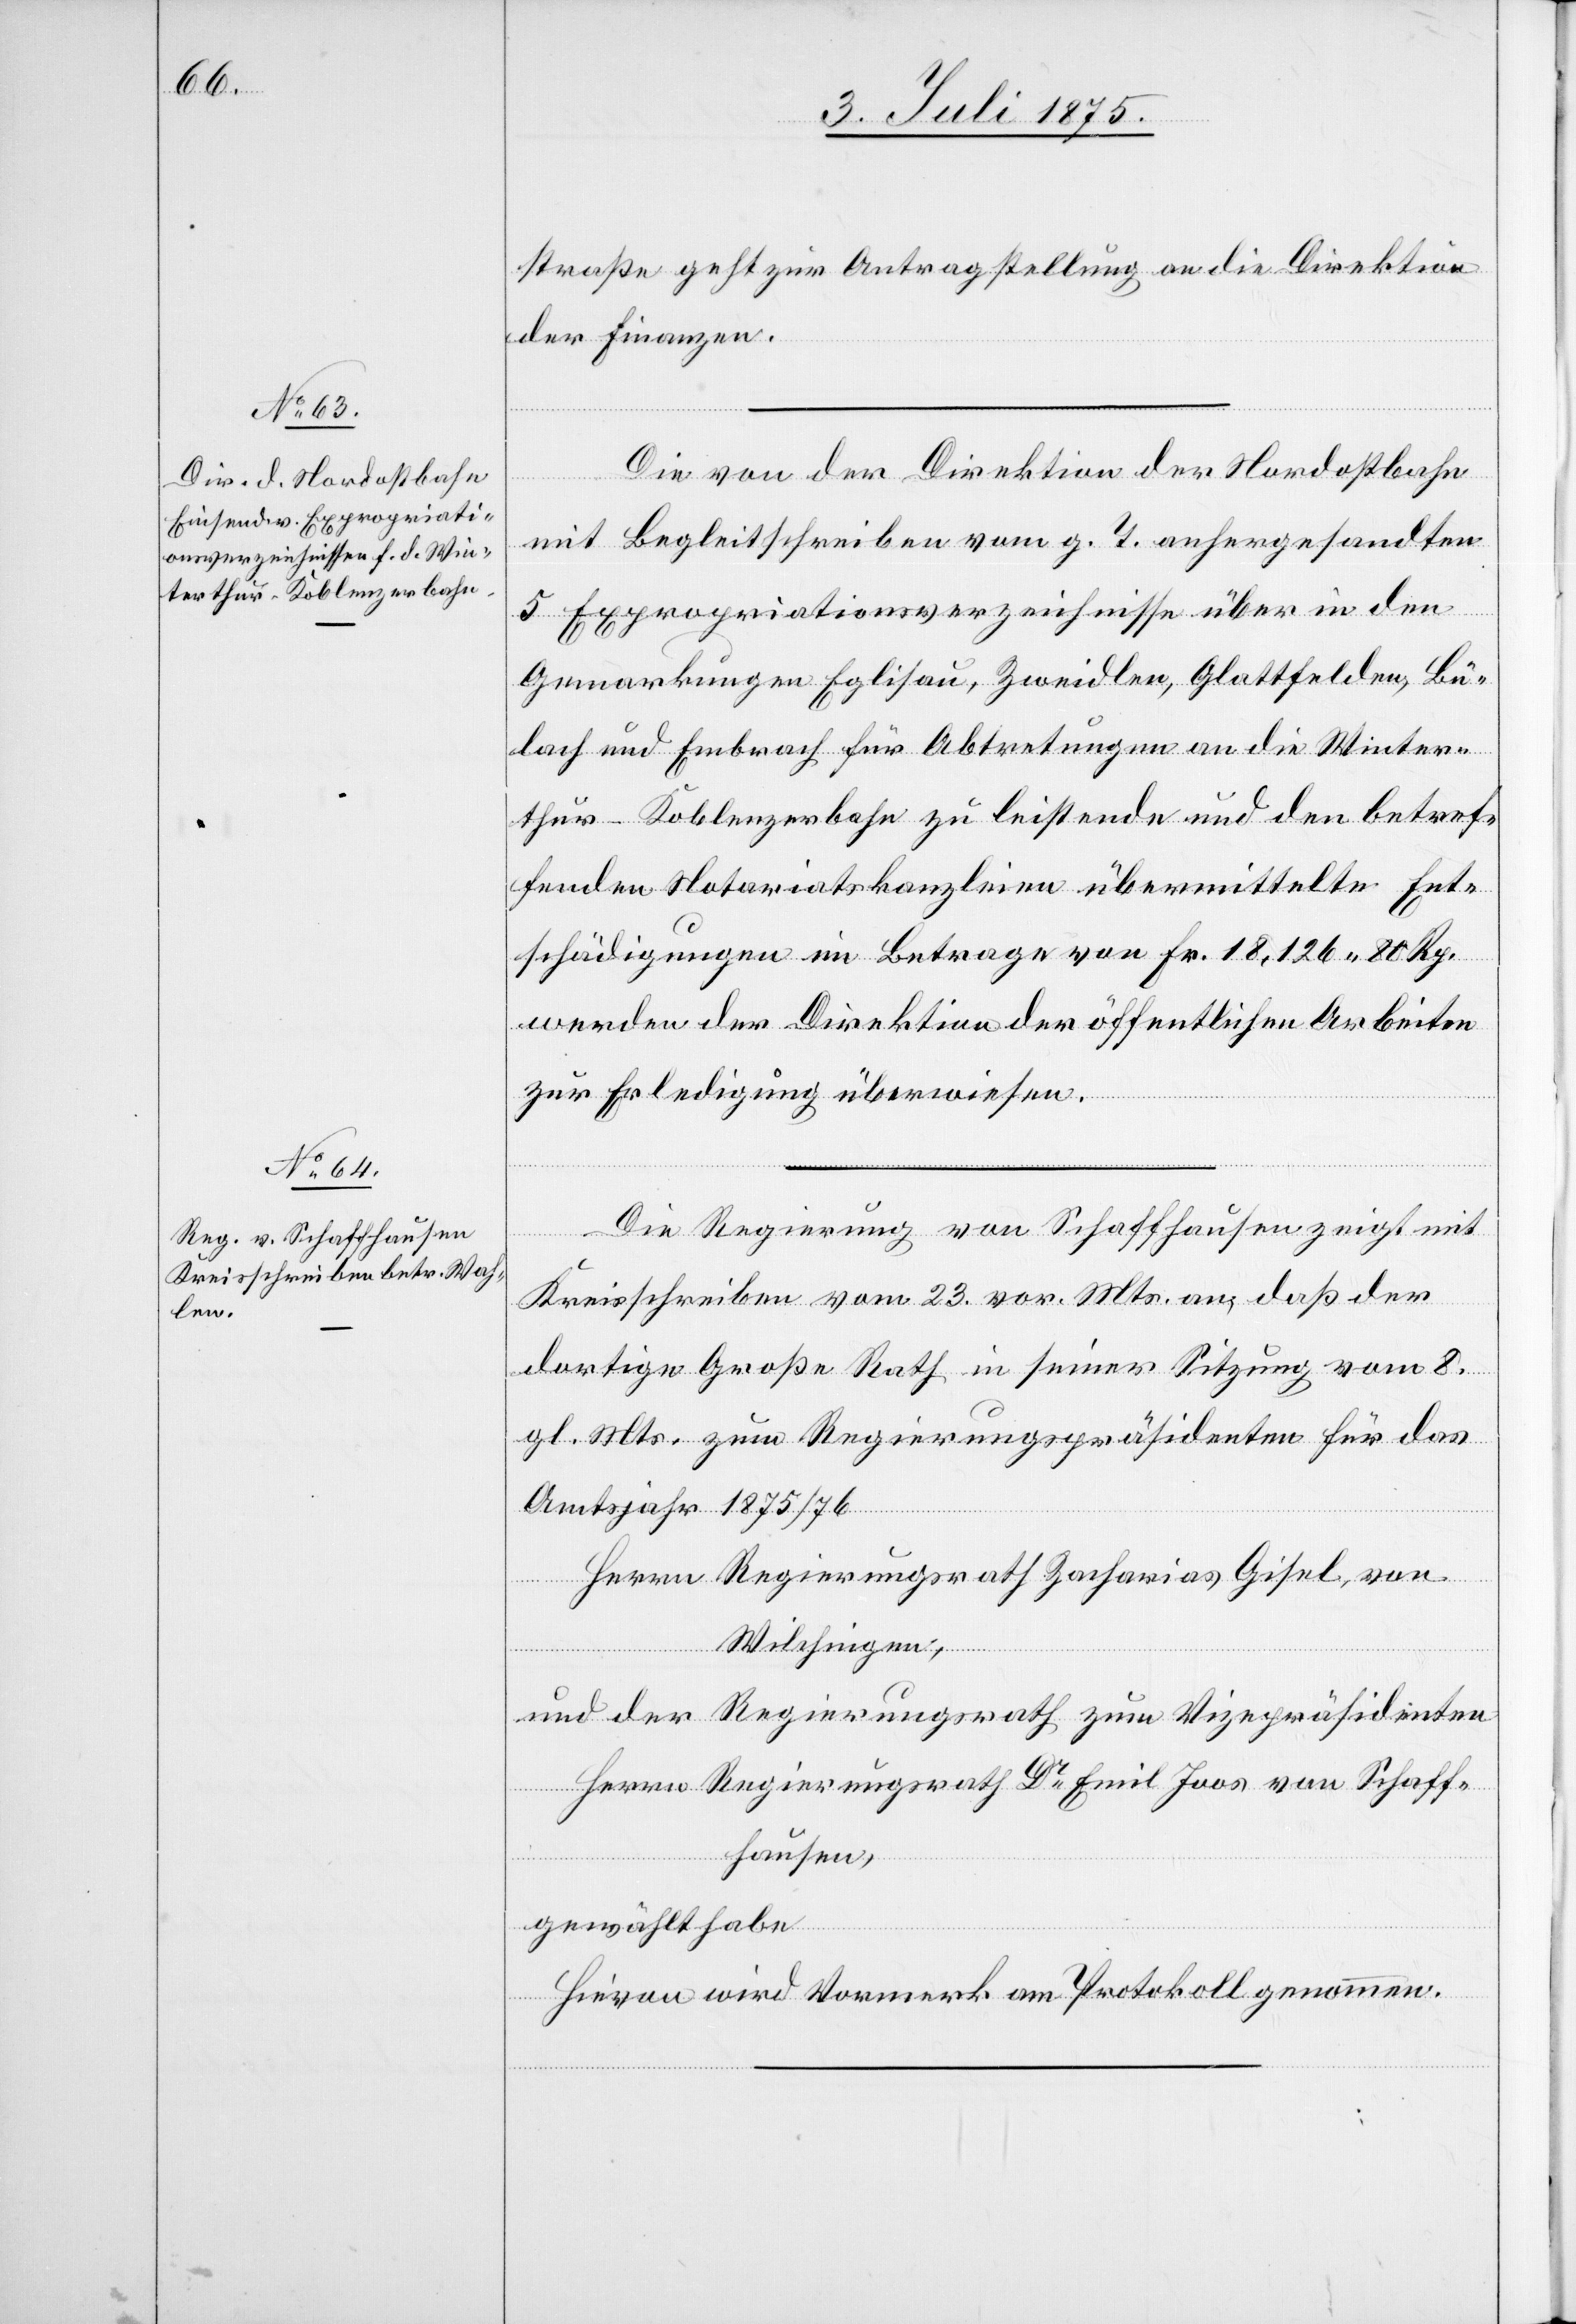
7. Juli 1875.]
straße geht zur Antragstellung an die Direktion
der Finanzen.
Die von der Direktion der Nordostbahn
mit Begleitschreiben vom g. T. anhergesandten
5 Expropriationsverzeichnisse über den
Gemarkungen Eglisau, Zweideln, Glattfelden, Bü¬
lach und Embrach für Abtretungen an die Winter¬
thur–Koblenzerbahn zu leistende und den betref¬
fenden Notariatskanzleien übermittelte Ent¬
schädigungen im Betrage von Fr. 18,126 80 Rp.
werden der Direktion der öffentlichen Arbeiten
zur Erledigung überwiesen.
Die Regierung von Schaffhausen zeigt mit
Kreisschreiben vom 23. vor. Mts. an, daß der
dortige Große Rath in seiner Sitzung vom 8.
gl. Mts. zum Regierungspräsidenten für das
Amtsjahr 1875/76
Herrn Regierungsrath Zacharias Gisel, von
Wilchingen,
und der Regierungsrath zum Vizepräsidenten
Herrn Regierungsrath Dr Emil Joos von Schaff¬
hausen,
gewählt habe.
Hievon wird Vormerk am Protokoll genommen.